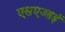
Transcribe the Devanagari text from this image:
एसएआई